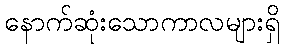
နောက်ဆုံးသောကာလများရှိ